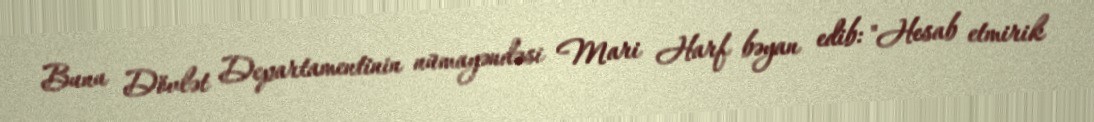
Bunu Dövlət Departamentinin nümayəndəsi Mari Harf bəyan edib: "Hesab etmirik